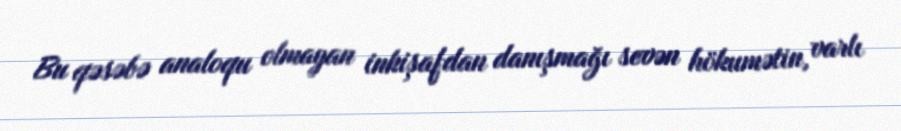
Bu qəsəbə analoqu olmayan inkişafdan danışmağı sevən hökumətin, varlı